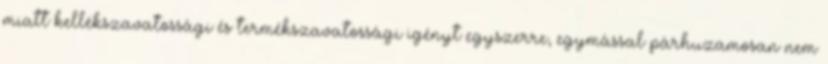
miatt kellékszavatossági és termékszavatossági igényt egyszerre, egymással párhuzamosan nem